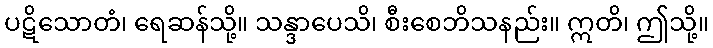
ပဋိသောတံ၊ ရေဆန်သို့။ သန္ဒာပေသိ၊ စီးစေဘိသနည်း။ ဣတိ၊ ဤသို့။